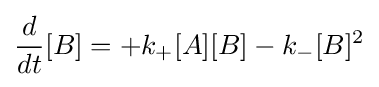
{d \over dt}[B]=+k_{+}[A][B]-k_{-}[B]^{2}